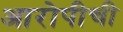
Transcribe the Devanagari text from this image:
आरोपीची